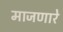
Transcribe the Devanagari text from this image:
माजणारे